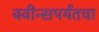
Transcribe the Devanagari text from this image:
क्वीन्सपर्यंतचा